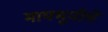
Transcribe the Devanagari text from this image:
मायभूमीचे